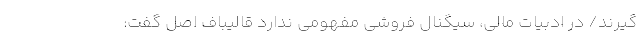
‌گیرند/ در ادبیات مالی، سیگنال فروشی مفهومی ندارد قالیباف اصل گفت: